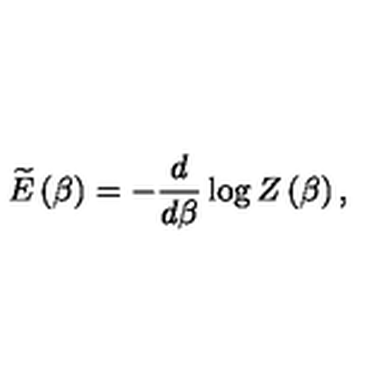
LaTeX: \widetilde { E } \left( \beta \right) = - \frac { d } { d \beta } \log Z \left( \beta \right) ,